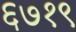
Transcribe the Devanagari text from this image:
६७१९